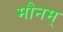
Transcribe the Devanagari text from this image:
मौनम्